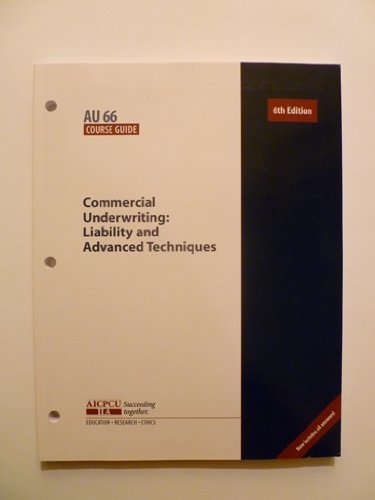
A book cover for AICPCU INS 21 COURSE GUIDE PROPERTY AND LIABILITY INSURANCE PRINCIPLES 4TH EDITION; AICPCU; Business & Money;